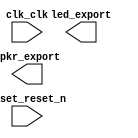

module lab4 (
	clk_clk,
	led_export,
	reset_reset_n,
	spkr_export);	

	input		clk_clk;
	output	[7:0]	led_export;
	input		reset_reset_n;
	output		spkr_export;
endmodule